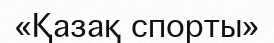
«Қазақ спорты»